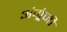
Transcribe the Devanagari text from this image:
अंग्र्रेजी